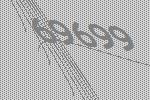
69699